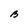
Character: B